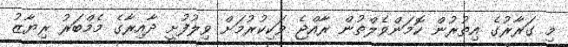
މި ގަރާރުގެ އިތުރުން ކޮމަންވެލްތުން ރާއްޖެ ވަކިކުރުމަށް ވިލުފުށީ ދާއިރާގެ މެމްބަރު ރިޔާޒު